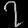
Digit: ၇